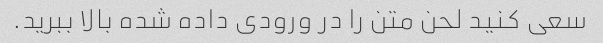
سعی کنید لحن متن را در ورودی داده شده بالا ببرید.